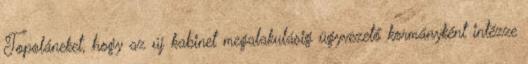
Topoláneket, hogy az új kabinet megalakulásig ügyvezető kormányként intézze